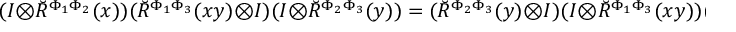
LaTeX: ( I \otimes \breve { R } ^ { \Phi _ { 1 } \Phi _ { 2 } } ( x ) ) ( \breve { R } ^ { \Phi _ { 1 } \Phi _ { 3 } } ( x y ) \otimes I ) ( I \otimes \breve { R } ^ { \Phi _ { 2 } \Phi _ { 3 } } ( y ) ) = ( \breve { R } ^ { \Phi _ { 2 } \Phi _ { 3 } } ( y ) \otimes I ) ( I \otimes \breve { R } ^ { \Phi _ { 1 } \Phi _ { 3 } } ( x y ) ) ( \breve { R } ^ { \Phi _ { 1 } \Phi _ { 2 } } ( x ) \otimes I )